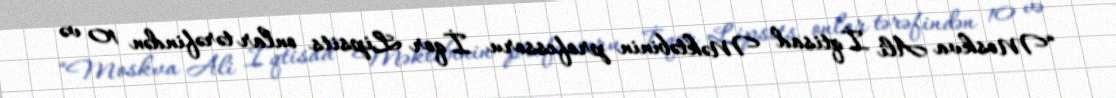
“Moskva Ali İqtisad Məktəbinin professoru İqor Lipsits onlar tərəfindən 10 və